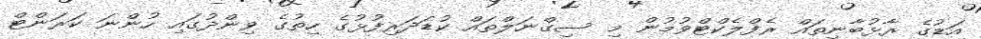
އަޑުގެ ރާޅުބާނިތައް ރެފްލެކްޓްވުމުން މި ސިގްނަލްތައް ކުޑަދަރިފުޅުގެ ހިތުގެ ވިންދުގައި ހުންނަ ކަރަންޓް